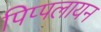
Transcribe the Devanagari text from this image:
पिप्पलायन